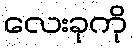
လေးခုကို